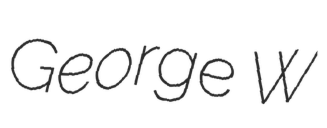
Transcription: George W